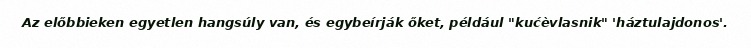
Az előbbieken egyetlen hangsúly van, és egybeírják őket, például "kućèvlasnik" 'háztulajdonos'.